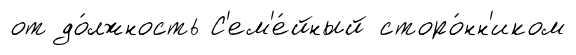
от до́лжность С'ем'е́йный сторо́нн'иком